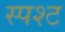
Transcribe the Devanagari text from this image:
स्पश्‍ट